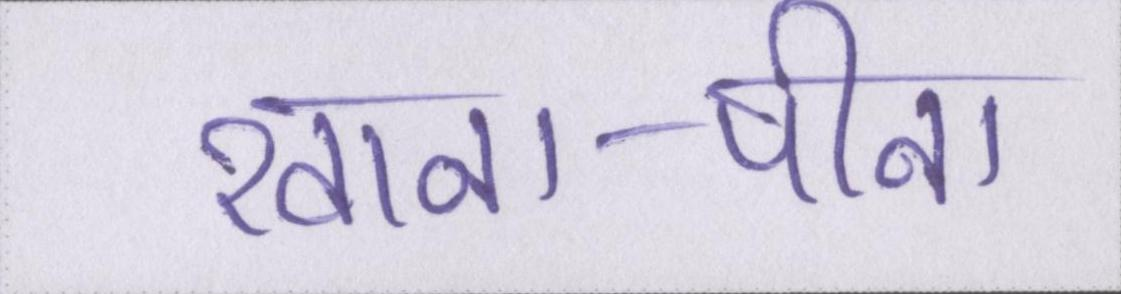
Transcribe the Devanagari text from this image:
खाना-पीना